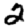
Digit: 2